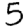
Digit: 5